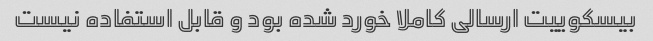
بیسکوییت ارسالی کاملا خورد شده بود و قابل استفاده نیست